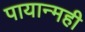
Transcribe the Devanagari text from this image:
पायान्मही